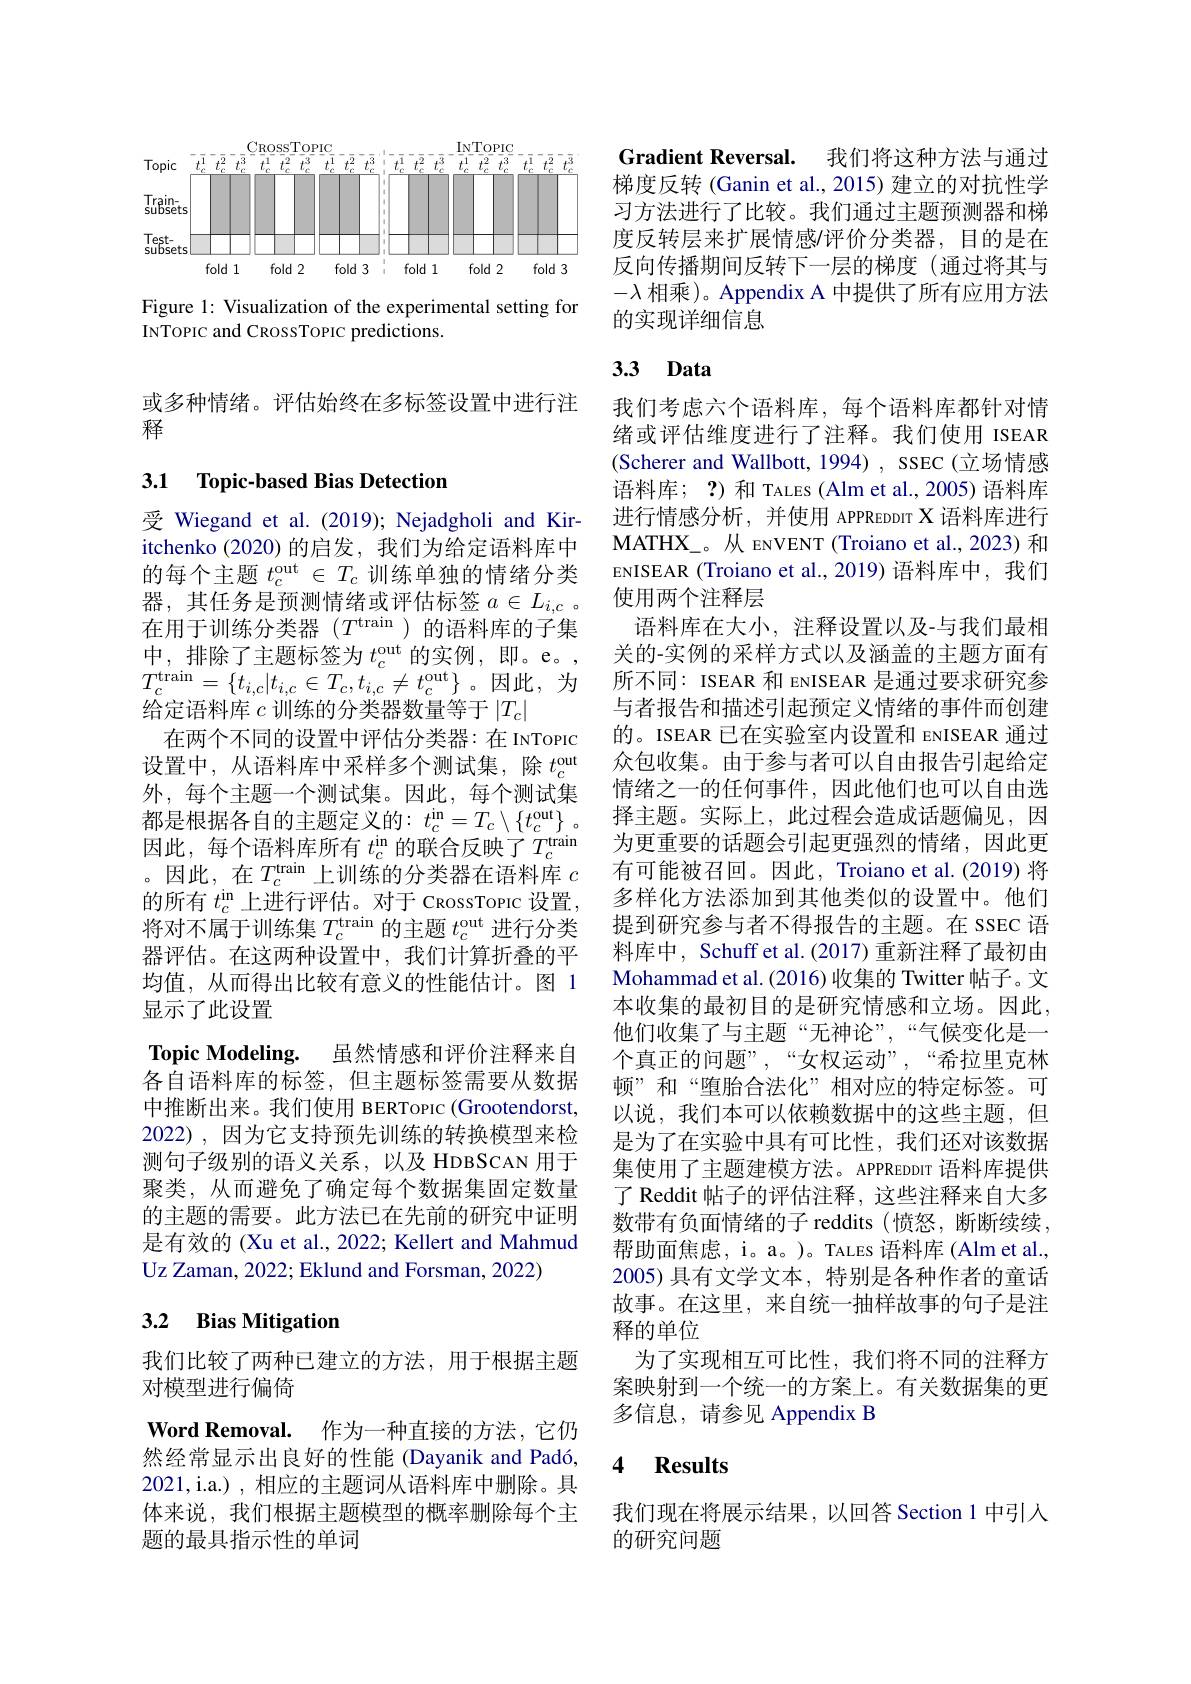
<FigureHere>

Figure 1: Visualization of the experimental setting for
INTOPIC and CROSSTOPIC predictions.

或多种情绪。评估始终在多标签设置中进行注
释

### 3.1 Topic-based Bias Detection

受 Wiegand et al.(2019); Nejadgholi and Kiritchenko (2020)的启发，我们为给定语料库中的每个主题$t_c^\mathrm{out}\in T_c$训练单独的情绪分类器，其任务是预测情绪或评估标签$a\in L_i,c$ 。在用于训练分类器($T^\text{train}$)的语料库的子集中，排除了主题标签为$t_c^\mathrm{out}$的实例，即。e。, $T_{c}^{\mathrm{train}}=\{t_{i,c}|t_{i,c}\in T_{c},t_{i,c}\neq t_{c}^{\mathrm{out}}\}$。因此，为给定语料库$c$训练的分类器数量等于$|T_c|$
在两个不同的设置中评估分类器：在 INTopic 设置中，从语料库中采样多个测试集，除$t_c^\mathrm{out}$ 外，每个主题一个测试集。因此，每个测试集都是根据各自的主题定义的$:t_c^\mathrm{in}=T_c\setminus\{t_c^\mathrm{out}\}$。因此，每个语料库所有$t_c^\mathrm{in}$的联合反映了$T_c^\mathrm{train}$ 。因此，在$T_c^\mathrm{train}$上训练的分类器在语料库$c$ 的所有$t_c^\mathrm{n}$上进行评估。对于 CRossTopic 设置， 将对不属于训练集$T_c^\mathrm{train}$的主题$t_c^\mathrm{out}$进行分类器评估。在这两种设置中，我们计算折叠的平均值，从而得出比较有意义的性能估计。图 1显示了此设置
Topic Modeling. 虽然情感和评价注释来自各自语料库的标签，但主题标签需要从数据中推断出来。我们使用 BERTopIC (Grootendorst, 2022),因为它支持预先训练的转换模型来检测句子级别的语义关系，以及 HDBSCAN 用于聚类，从而避免了确定每个数据集固定数量的主题的需要。此方法已在先前的研究中证明是有效的 (Xu et al., 2022; Kellert and Mahmud Uz Zaman, 2022; Eklund and Forsman, 2022)

## 3.2 Bias Mitigation

我们比较了两种已建立的方法，用于根据主题
对模型进行偏倚
$\textbf{Word Removal. 作 为 一 种 直 接 的 方 法 , 它 仍 }$ 然经常显示出良好的性能 (Dayanik and Padó, 2021,i.a.) , 相应的主题词从语料库中删除。具体来说，我们根据主题模型的概率删除每个主题的最具指示性的单词

Gradient Reversal. 我们将这种方法与通过梯度反转 (Ganin et al., 2015) 建立的对抗性学习方法进行了比较。我们通过主题预测器和梯度反转层来扩展情感/评价分类器，目的是在反向传播期间反转下一层的梯度(通过将其与$-\lambda$相乘)。Appendix A 中提供了所有应用方法的实现详细信息

# 3.3 Data

我们考虑六个语料库，每个语料库都针对情绪或评估维度进行了注释。我们使用 ISEAR (Scherer and Wallbott, 1994) , SSEC (立场情感语料库； ?)和 TALES(Alm et al.,2005) 语料库进行情感分析，并使用 APPREDDIT X 语料库进行MATHX\_。从 ENVENT (Troiano et al., 2023) 和ENISEAR (Troiano et al.,2019) 语料库中，我们使用两个注释层
语料库在大小，注释设置以及-与我们最相关的-实例的采样方式以及涵盖的主题方面有所不同：ISEAR 和 ENISEAR 是通过要求研究参与者报告和描述引起预定义情绪的事件而创建的。ISEAR 已在实验室内设置和 ENISEAR 通过众包收集。由于参与者可以自由报告引起给定情绪之一的任何事件，因此他们也可以自由选择主题。实际上，此过程会造成话题偏见，因为更重要的话题会引起更强烈的情绪，因此更有可能被召回。因此，Troiano et al.(2019) 将多样化方法添加到其他类似的设置中。他们提到研究参与者不得报告的主题。在 SSEC 语料库中，Schuff et al.(2017) 重新注释了最初由Mohammad et al. ( 2016) 收 集 的 Twitter 帖子。文本收集的最初目的是研究情感和立场。因此， 他们收集了与主题“无神论”,“气候变化是一个真正的问题”,“女权运动”,“希拉里克林顿”和“堕胎合法化”相对应的特定标签。可以说，我们本可以依赖数据中的这些主题，但是为了在实验中具有可比性，我们还对该数据集使用了主题建模方法。APPREDDIT 语料库提供了 Reddit 帖子的评估注释，这些注释来自大多数带有负面情绪的子 reddits(愤怒，断断续续， 帮助面焦虑，i。a。)。TALES 语料库 (Alm et al., 2005) 具有文学文本，特别是各种作者的童话故事。在这里，来自统一抽样故事的句子是注释的单位
为了实现相互可比性，我们将不同的注释方案映射到一个统一的方案上。有关数据集的更多信息，请参见 Appendix B

### $\textbf{4}$ $\textbf{Results}$

我们现在将展示结果，以回答 Section 1 中引入
的研究问题